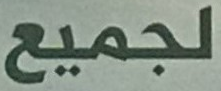
لجميع